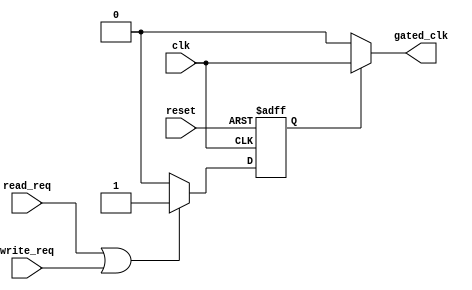
module dynamic_clock_gating (
    input wire clk,                // Original clock signal
    input wire reset,              // Reset signal
    input wire read_req,           // Read request signal
    input wire write_req,          // Write request signal
    output wire gated_clk          // Gated clock output
);

    // Clock Gating Control Logic
    reg gating_signal;

    always @(posedge clk or posedge reset) begin
        if (reset) begin
            gating_signal <= 1'b0;  // Reset gating signal
        end else begin
            // Generate gating signal based on read/write requests
            if (read_req || write_req) begin
                gating_signal <= 1'b1; // Active when there are requests
            end else begin
                gating_signal <= 1'b0; // Idle when no requests
            end
        end
    end

    // Clock Gating Cell
    assign gated_clk = gating_signal ? clk : 1'b0; // Output original clock or disable it

endmodule